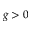
g > 0